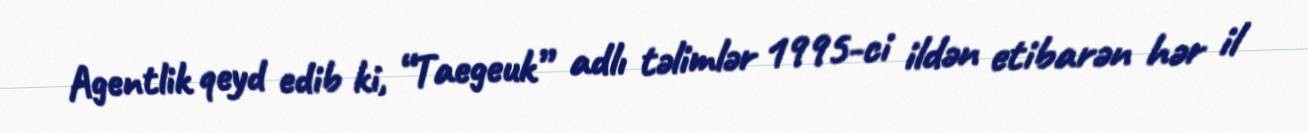
Agentlik qeyd edib ki, “Taegeuk” adlı təlimlər 1995-ci ildən etibarən hər il